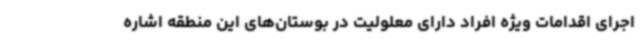
اجرای اقدامات ویژه افراد دارای معلولیت در بوستان‌های این منطقه اشاره